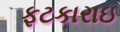
ફટકારાઇ